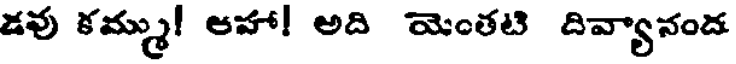
డవు కమ్ము! ఆహా! అది యెంతటి దివ్యానంద